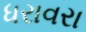
ધરાવરા